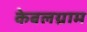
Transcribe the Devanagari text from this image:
केबलग्राम